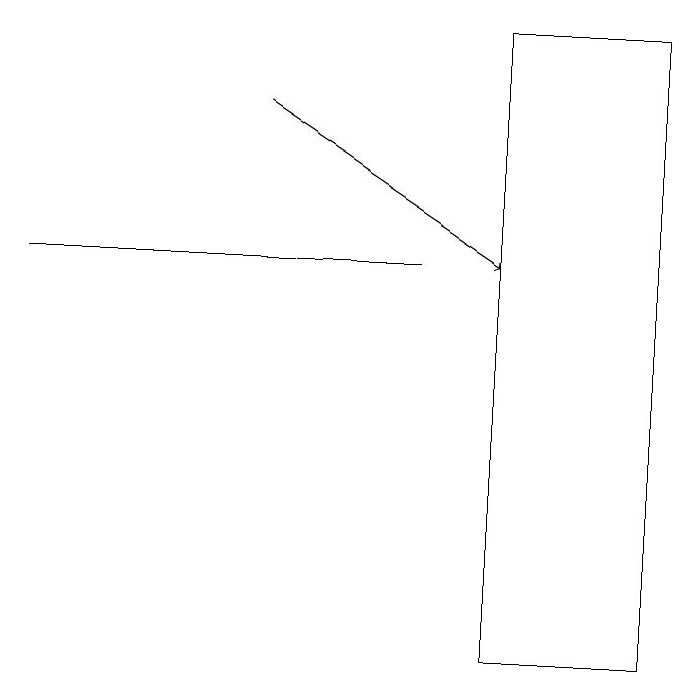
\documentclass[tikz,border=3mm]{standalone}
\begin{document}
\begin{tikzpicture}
\draw[->] (4,18) -- (7,16);
\draw (1,16) rectangle (6,16);
\draw (7,11) rectangle (9,19);
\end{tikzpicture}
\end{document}